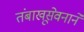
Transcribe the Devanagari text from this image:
तंबाखूसेवनाने